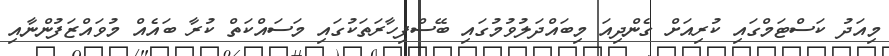
މިއަދު ކަސްޓަމްގައި ކުރިއަށް ގެންދިއަ މިބައްދަލުވުމުގައި ބޭސްފިހާރަތަކުގައި މަސައްކަތް ކުރާ ބައެއް މުވައްޒަފުންނާއި